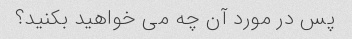
پس در مورد آن چه می خواهید بکنید؟